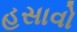
હસાવો